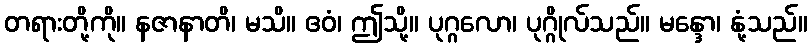
တရားတို့ကို။ နဇာနာတိ၊ မသိ။ ဧဝံ၊ ဤသို့။ ပုဂ္ဂလော၊ ပုဂ္ဂိုလ်သည်။ မန္ဒော၊ နုံ့သည်။